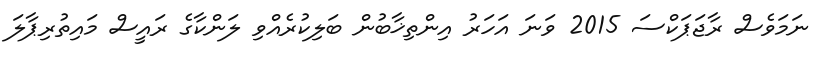
ނަމަވެސް ރާޖަޕަކްސަ 2015 ވަނަ އަހަރު އިންތިޚާބުން ބަލިކުރެއްވި ލަންކާގެ ރައީސް މައިތުރިޕާލަ